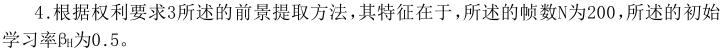
4.根据权利要求3所述的前景提取方法，其特征在于，所述的帧数$N$为200，所述的初始学习率$\beta _{0}$为0.5。